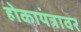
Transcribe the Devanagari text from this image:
होकायंत्रावर